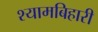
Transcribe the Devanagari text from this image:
श्यामबिहारी